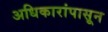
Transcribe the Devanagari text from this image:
अधिकारांपासून